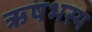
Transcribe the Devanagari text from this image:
ऋषभस्य